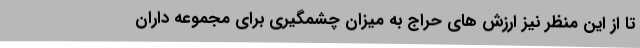
تا از این منظر نیز ارزش های حراج به میزان چشمگیری برای مجموعه داران